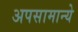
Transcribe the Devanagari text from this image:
अपसामान्ये